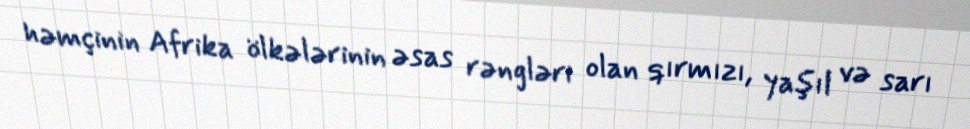
həmçinin Afrika ölkələrinin əsas rəngləri olan qırmızı, yaşıl və sarı